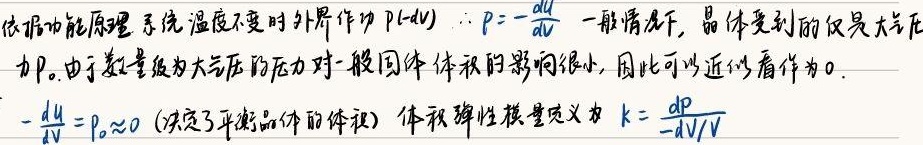
依据功能原理，系统温度不变时，外界作功 \(p(-dV)\)，其中 \(p = -\frac{dU}{dV}\) 。一般情况下，晶体受到的仅是大气压力 \(p_0\) 。由于数量级为大气压的压力对一般固体体积的影响很小，因此可以近似看作为 \(0\) 。即 \(-\frac{dU}{dV}=p_0\approx0\)（决定了平衡晶体的体积），体积弹性模量定义为 \(k = \frac{dp}{-dV/V}\) 。